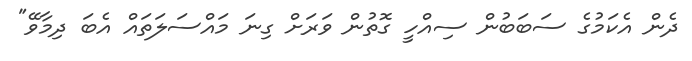
ދެން އެކަމުގެ ސަބަބުން ސިއްހީ ގޮތުން ވަރަށް ގިނަ މައްސަލަތައް އެބަ ދިމާވޭ"